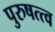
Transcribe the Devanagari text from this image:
पुरुषत्त्व